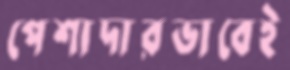
পেশাদারভাবেই